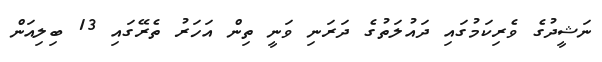
ނަޝީދުގެ ވެރިކަމުގައި ދައުލަތުގެ ދަރަނި ވަނީ ތިން އަހަރު ތެރޭގައި 13 ބިލިއަން